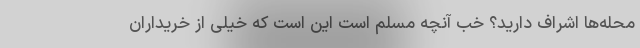
محله‌ها اشراف دارید؟ خب آنچه مسلم است این است که خیلی از خریداران